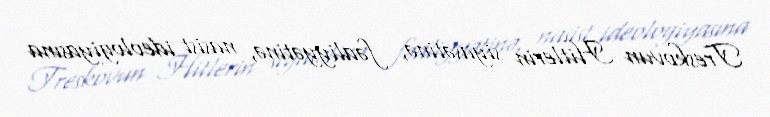
Treskovun Hitlerin siyasətinə, fəaliyyətinə, nasist ideologiyasına